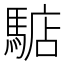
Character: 𩤎